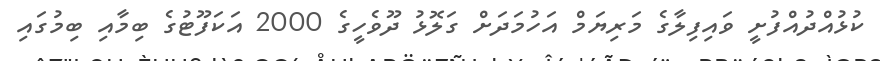
ކުޅުއްދުއްފުށީ ވައިފިލާގެ މަރިޔަމް އަހުމަދަށް ގަލޮޅު ދޫވެހީގެ 2000 އަކަފޫޓުގެ ބިމާއި ބިމުގައި